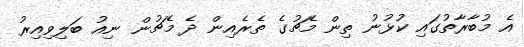
އެ މުބާރާތުގައި ކުޅުނު ތިން މެޗުގެ ތެރެއިން ދެ މެޗުން ނިއު ބަލިވިއިރު